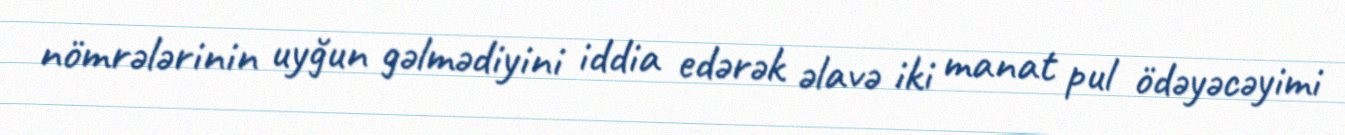
nömrələrinin uyğun gəlmədiyini iddia edərək əlavə iki manat pul ödəyəcəyimi